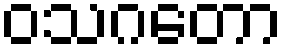
ဝသဂတော